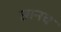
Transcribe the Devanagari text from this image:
छानच